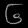
Digit: ၆